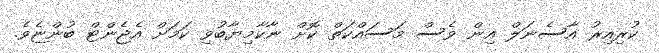
ކުރިއިރު އާސެނަލް އިން ވެސް މަސައްކަތް ކޮށް ނާކާމިޔާބުވި ކަމަށް އެޖެންޓް ބުންޏެވެ.